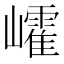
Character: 𡾜